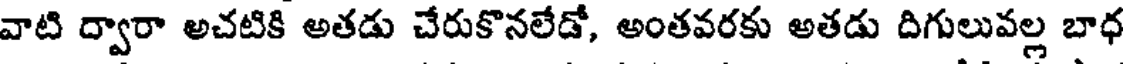
వాటి ద్వారా అచటికి అతడు చేరుకొనలేడో, అంతవరకు అతడు దిగులువల్ల బాధ